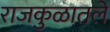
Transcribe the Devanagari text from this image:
राजकुळातले